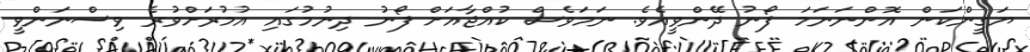
ޔަގީންކަން އޮންނަނަމަ ފޯނު ދޭންވީއެވެ. ނަމަވެސް ކުއްޖާއަށް ފޯނު ދިނުމުގައި އުމުރަށްވުރެ ވިސްނަންވީ